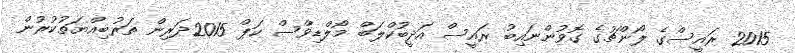
2015 ރައީސްގެ ލޯންޗުގެ ގޮވުންނައިބު ރައީސް އަދީބުކްލަބް މޯލްޑިވްސް ކަޕް 2015ދަރިން ތަރުބިއްޔަތުކުރުން